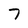
Character: 7